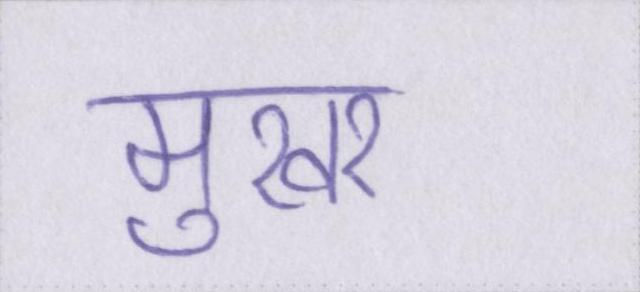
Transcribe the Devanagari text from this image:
मुखर